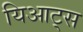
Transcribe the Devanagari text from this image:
यिआट्स